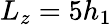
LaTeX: L_{z}=5h_{1}